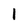
Character: l